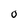
Character: 0